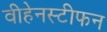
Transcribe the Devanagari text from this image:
वीहेनस्टीफन